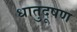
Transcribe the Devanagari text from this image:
धातुदूषण